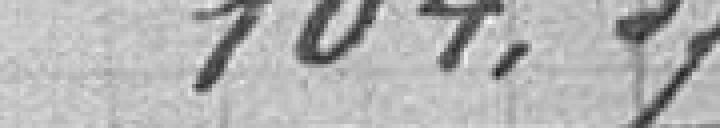
104,37